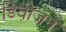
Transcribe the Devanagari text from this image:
डिवी़जन